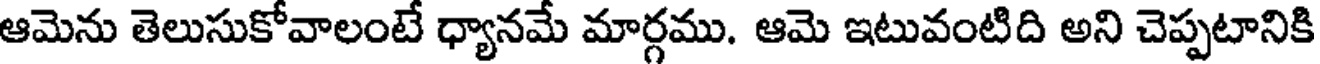
ఆమెను తెలుసుకోవాలంటే ధ్యానమే మార్గము. ఆమె ఇటువంటిది అని చెప్పటానికి